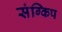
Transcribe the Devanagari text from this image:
संग्किप